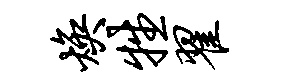
焕牲翟